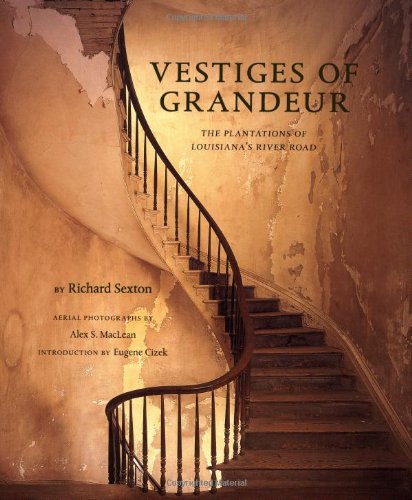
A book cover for Vestiges of Grandeur: Plantations of Louisiana's River Road; Richard Sexton; Arts & Photography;